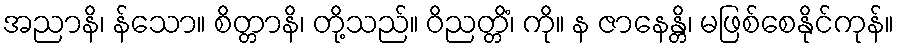
အညာနိ၊ န်သော။ စိတ္တာနိ၊ တို့သည်။ ဝိညတ္တိံ၊ ကို။ န ဇာနေန္တိ၊ မဖြစ်စေနိုင်ကုန်။